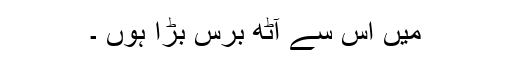
میں اس سے آٹھ برس بڑا ہوں ۔